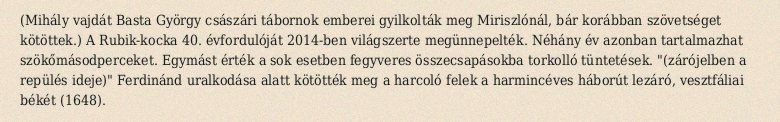
(Mihály vajdát Basta György császári tábornok emberei gyilkolták meg Miriszlónál, bár korábban szövetséget kötöttek.) A Rubik-kocka 40. évfordulóját 2014-ben világszerte megünnepelték. Néhány év azonban tartalmazhat szökőmásodperceket. Egymást érték a sok esetben fegyveres összecsapásokba torkolló tüntetések. "(zárójelben a repülés ideje)" Ferdinánd uralkodása alatt kötötték meg a harcoló felek a harmincéves háborút lezáró, vesztfáliai békét (1648).